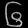
Digit: ၆